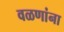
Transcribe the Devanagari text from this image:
वळणांना